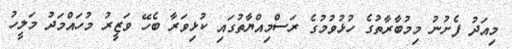
މިއަދު ފެށުނު މިމުބާރާތުގެ ހުޅުވުމުގެ ރަސްމިއްޔާތުގައި ކުޅިވަރާ ބެހޭ ވަޒީރު މުހައްމަދު މަލީހު